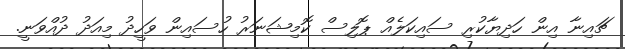
ޗައިނާ އިން ހަދިޔާކުރި ސައިކަލެއް ޕޮލިސް ކޮމިޝަނަރު ހުސައިން ވަހީދު މިއަދު ދުއްވަނީ.